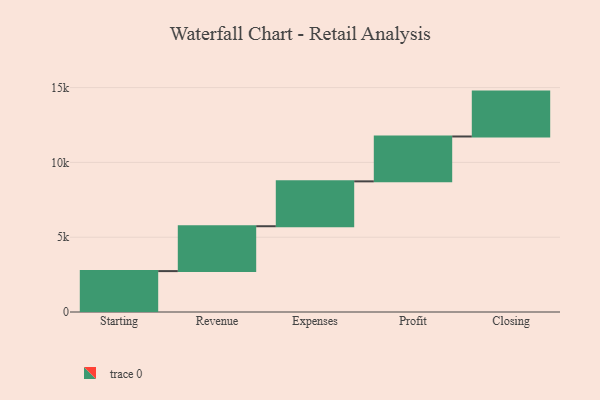
{"axis": {"x": "Step", "y": "Value"}, "legend": [""], "data": [{"x": "Starting", "y": 2734.0, "type": ""}, {"x": "Revenue", "y": 3000, "type": ""}, {"x": "Expenses", "y": 3000, "type": ""}, {"x": "Profit", "y": 3000, "type": ""}, {"x": "Closing", "y": 3000, "type": ""}]}